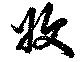
収